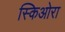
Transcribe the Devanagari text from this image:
स्किओरा